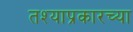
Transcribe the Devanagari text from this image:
तश्याप्रकारच्या